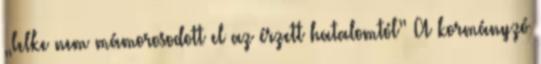
„lelke nem mámorosodott el az érzett hatalomtól” A kormányzó